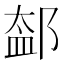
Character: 𨜨